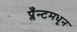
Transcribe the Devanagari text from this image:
प्लँन्टमधून